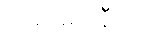
ကရမရာနီတာ